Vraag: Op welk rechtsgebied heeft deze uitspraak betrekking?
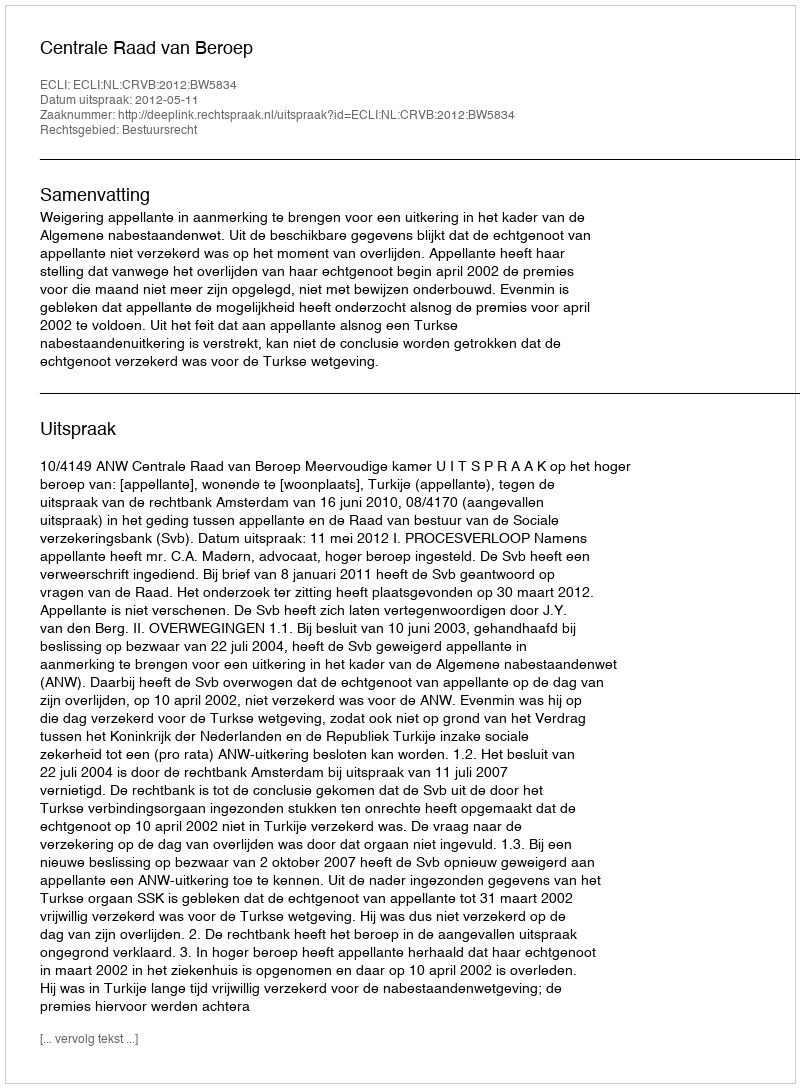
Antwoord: Bestuursrecht